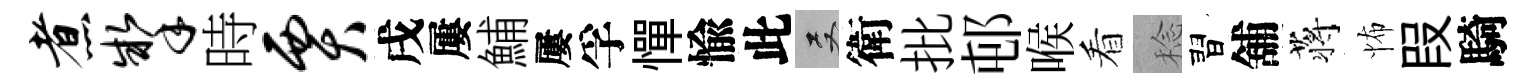
煮掣時贾戌屢鯆屢孚憚愉此双衛批邨喉看稔習舖蒋怖叚騎